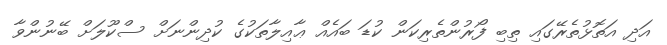
އަދި އަތޮޅުތެރޭގައި ތިބި ފޯރުންތެރިކަން ކުޑަ ބައެއް ޢާއިލާތަކުގެ ކުދިންނަށް ސްކޫލަށް ބޭނުންވާ